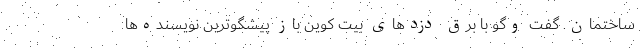
ساختمان. گفت ‌وگو با برق ‌دزدهای بیت ‌کوین ‌باز پیشگوترین نویسنده‌ها